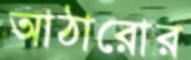
আঠারোর